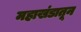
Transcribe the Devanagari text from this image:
महाखंडातून